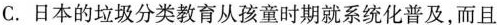
C.日本的垃圾分类教育从孩章时期就系统化普及，而且